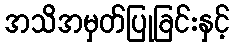
အသိအမှတ်ပြုခြင်းနှင့်